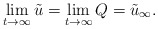
\begin{align*}\lim_{t\rightarrow \infty} \tilde u = \lim_{t\rightarrow \infty} Q = \tilde u_\infty .\end{align*}